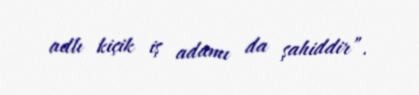
adlı kiçik iş adamı da şahiddir”.